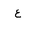
Letter: _ayn